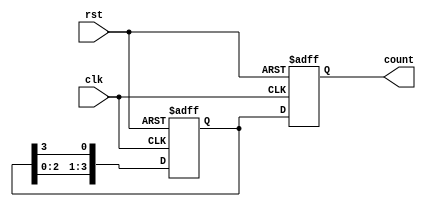
module johnson_counter(
    input wire clk,
    input wire rst,
    output reg [N-1:0] count
);

parameter N = 4;

reg [N-1:0] q;

always @(posedge clk or posedge rst) begin
    if (rst) begin
        q <= 0;
        count <= 0;
    end else begin
        q <= {q[N-2:0], q[N-1]};
        count <= q;
    end
end

endmodule